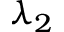
\lambda _ { 2 }